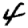
Digit: 4